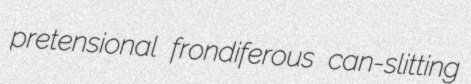
pretensional frondiferous can-slitting